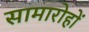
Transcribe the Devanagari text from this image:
सामारोहों